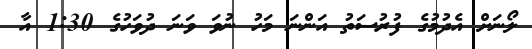
ލޯނަށް އެދުމުގެ ފުރުސަތު އަންނަ މަހު ނުވަ ވަނަ ދުވަހުގެ 1:30 އާ